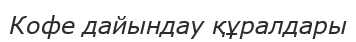
Кофе дайындау құралдары